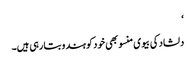
‘
دلشاد کی بیوی منسو بھی خود کو ہندو بتا رہی ہیں۔